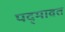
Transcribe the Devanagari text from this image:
पद्‍मावत